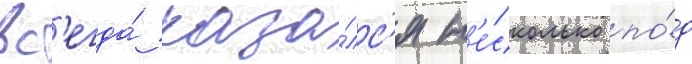
вс'егда́ каза́лс'я н'е́сколько по́д